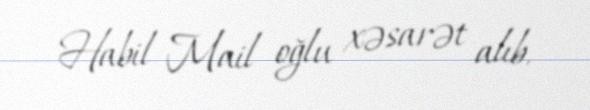
Habil Mail oğlu xəsarət alıb.